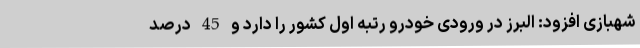
شهبازی افزود: البرز در ورودی خودرو رتبه اول کشور را دارد و 45 درصد